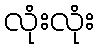
လုံးလုံး